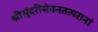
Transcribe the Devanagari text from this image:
श्रीसुंदरीसेवनतत्परानां